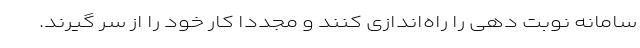
سامانه نوبت دهی را راه‌اندازی کنند و مجددا کار خود را از سر گیرند.